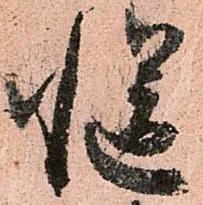
慥